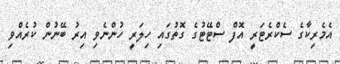
އެމެރިކާގެ ސެކްރެޓަރީ އޮފް ސްޓޭޓުގެ ގޮތުގައި ހިލަރީ ހުންނެވި އިރު ބޭނުން ކުރެއްވި